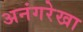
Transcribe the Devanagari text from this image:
अनंगरेखा